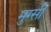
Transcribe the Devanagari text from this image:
मुग्सी